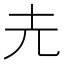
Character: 圥